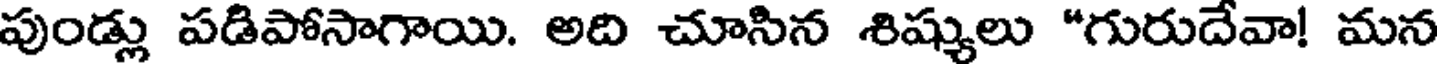
పుండ్లు పడిపోసాగాయి. అది చూసిన శిష్యులు "గురుదేవా! మన